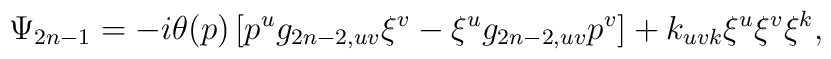
\Psi_{2n-1}= -i\theta(p)\left[ p^ug_{2n-2,uv}\xi^v-\xi^ug_{2n-2,uv}p^v\right]+k_{uvk}\xi^u\xi^v\xi^k,